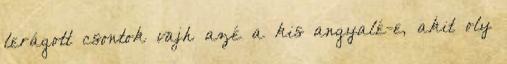
lerágott csontok vajh azé a kis angyalé-e, akit oly